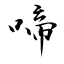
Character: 啼